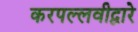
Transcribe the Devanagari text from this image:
करपल्लवीद्वारे